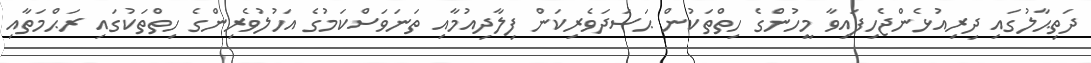
ދަތިޙާލުގައި ދިރިއުޅެންޖެހިފައިވާ މީހުންގެ ހިތްތަކުން ޙަސަދަވެރިކަން ފިލާދިއުމާއި ތަނަވަސްކަމުގެ އަހުލުވެރިންގެ ހިތްތަކުގައި ރަޙްމަތާއި